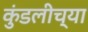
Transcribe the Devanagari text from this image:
कुंडलीच्या